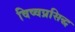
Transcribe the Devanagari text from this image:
विष्वप्रसिद्ध